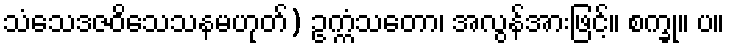
သံသေဒဇဝိသေသနမဟုတ်) ဥက္ကံသတော၊ အလွန်အားဖြင့်။ စက္ခု။ ပ။